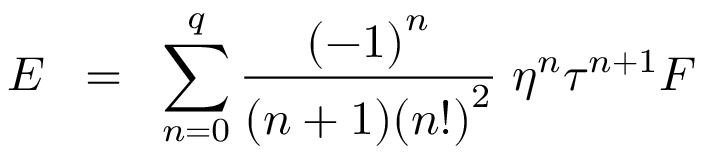
E \; \; = \; \; \sum _ { n = 0 } ^ { q } { \frac { { ( - 1 ) } ^ { n } } { ( n + 1 ) { ( n ! ) } ^ { 2 } } } \; \eta ^ { n } \tau ^ { n + 1 } F